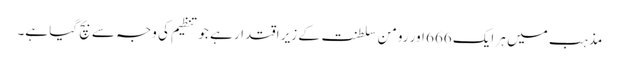
مذہب میں ہر ایک 666 اور رومن سلطنت کے زیر اقتدار ہے جو تنظیم کی وجہ سے بچ گیا ہے۔